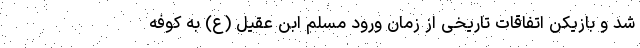
شد و بازیکن اتفاقات تاریخی از زمان ورود مسلم ابن عقیل (ع) به کوفه